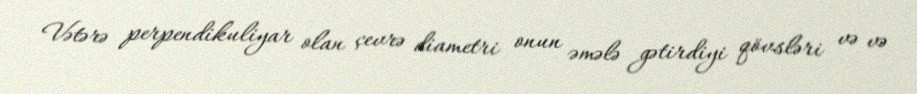
Vətərə perpendikuliyar olan çevrə diametri onun əmələ gətirdiyi qövsləri və və